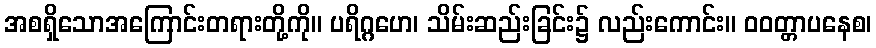
အစရှိသောအကြောင်းတရားတို့ကို။ ပရိဂ္ဂဟေ၊ သိမ်းဆည်းခြင်း၌ လည်းကောင်း။ ဝဝတ္တာပနေစ၊